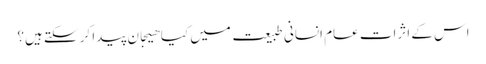
اس کے اثرات عام انسانی طبیعت میں کیا ھیجان پیدا کر سکتے ہیں؟